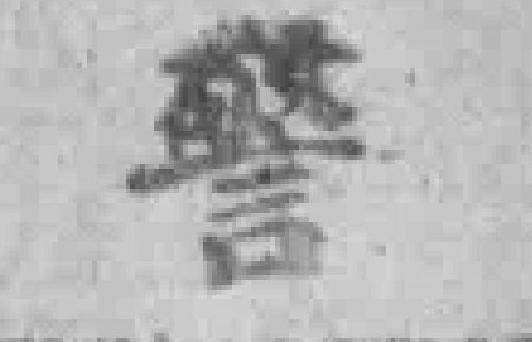
警